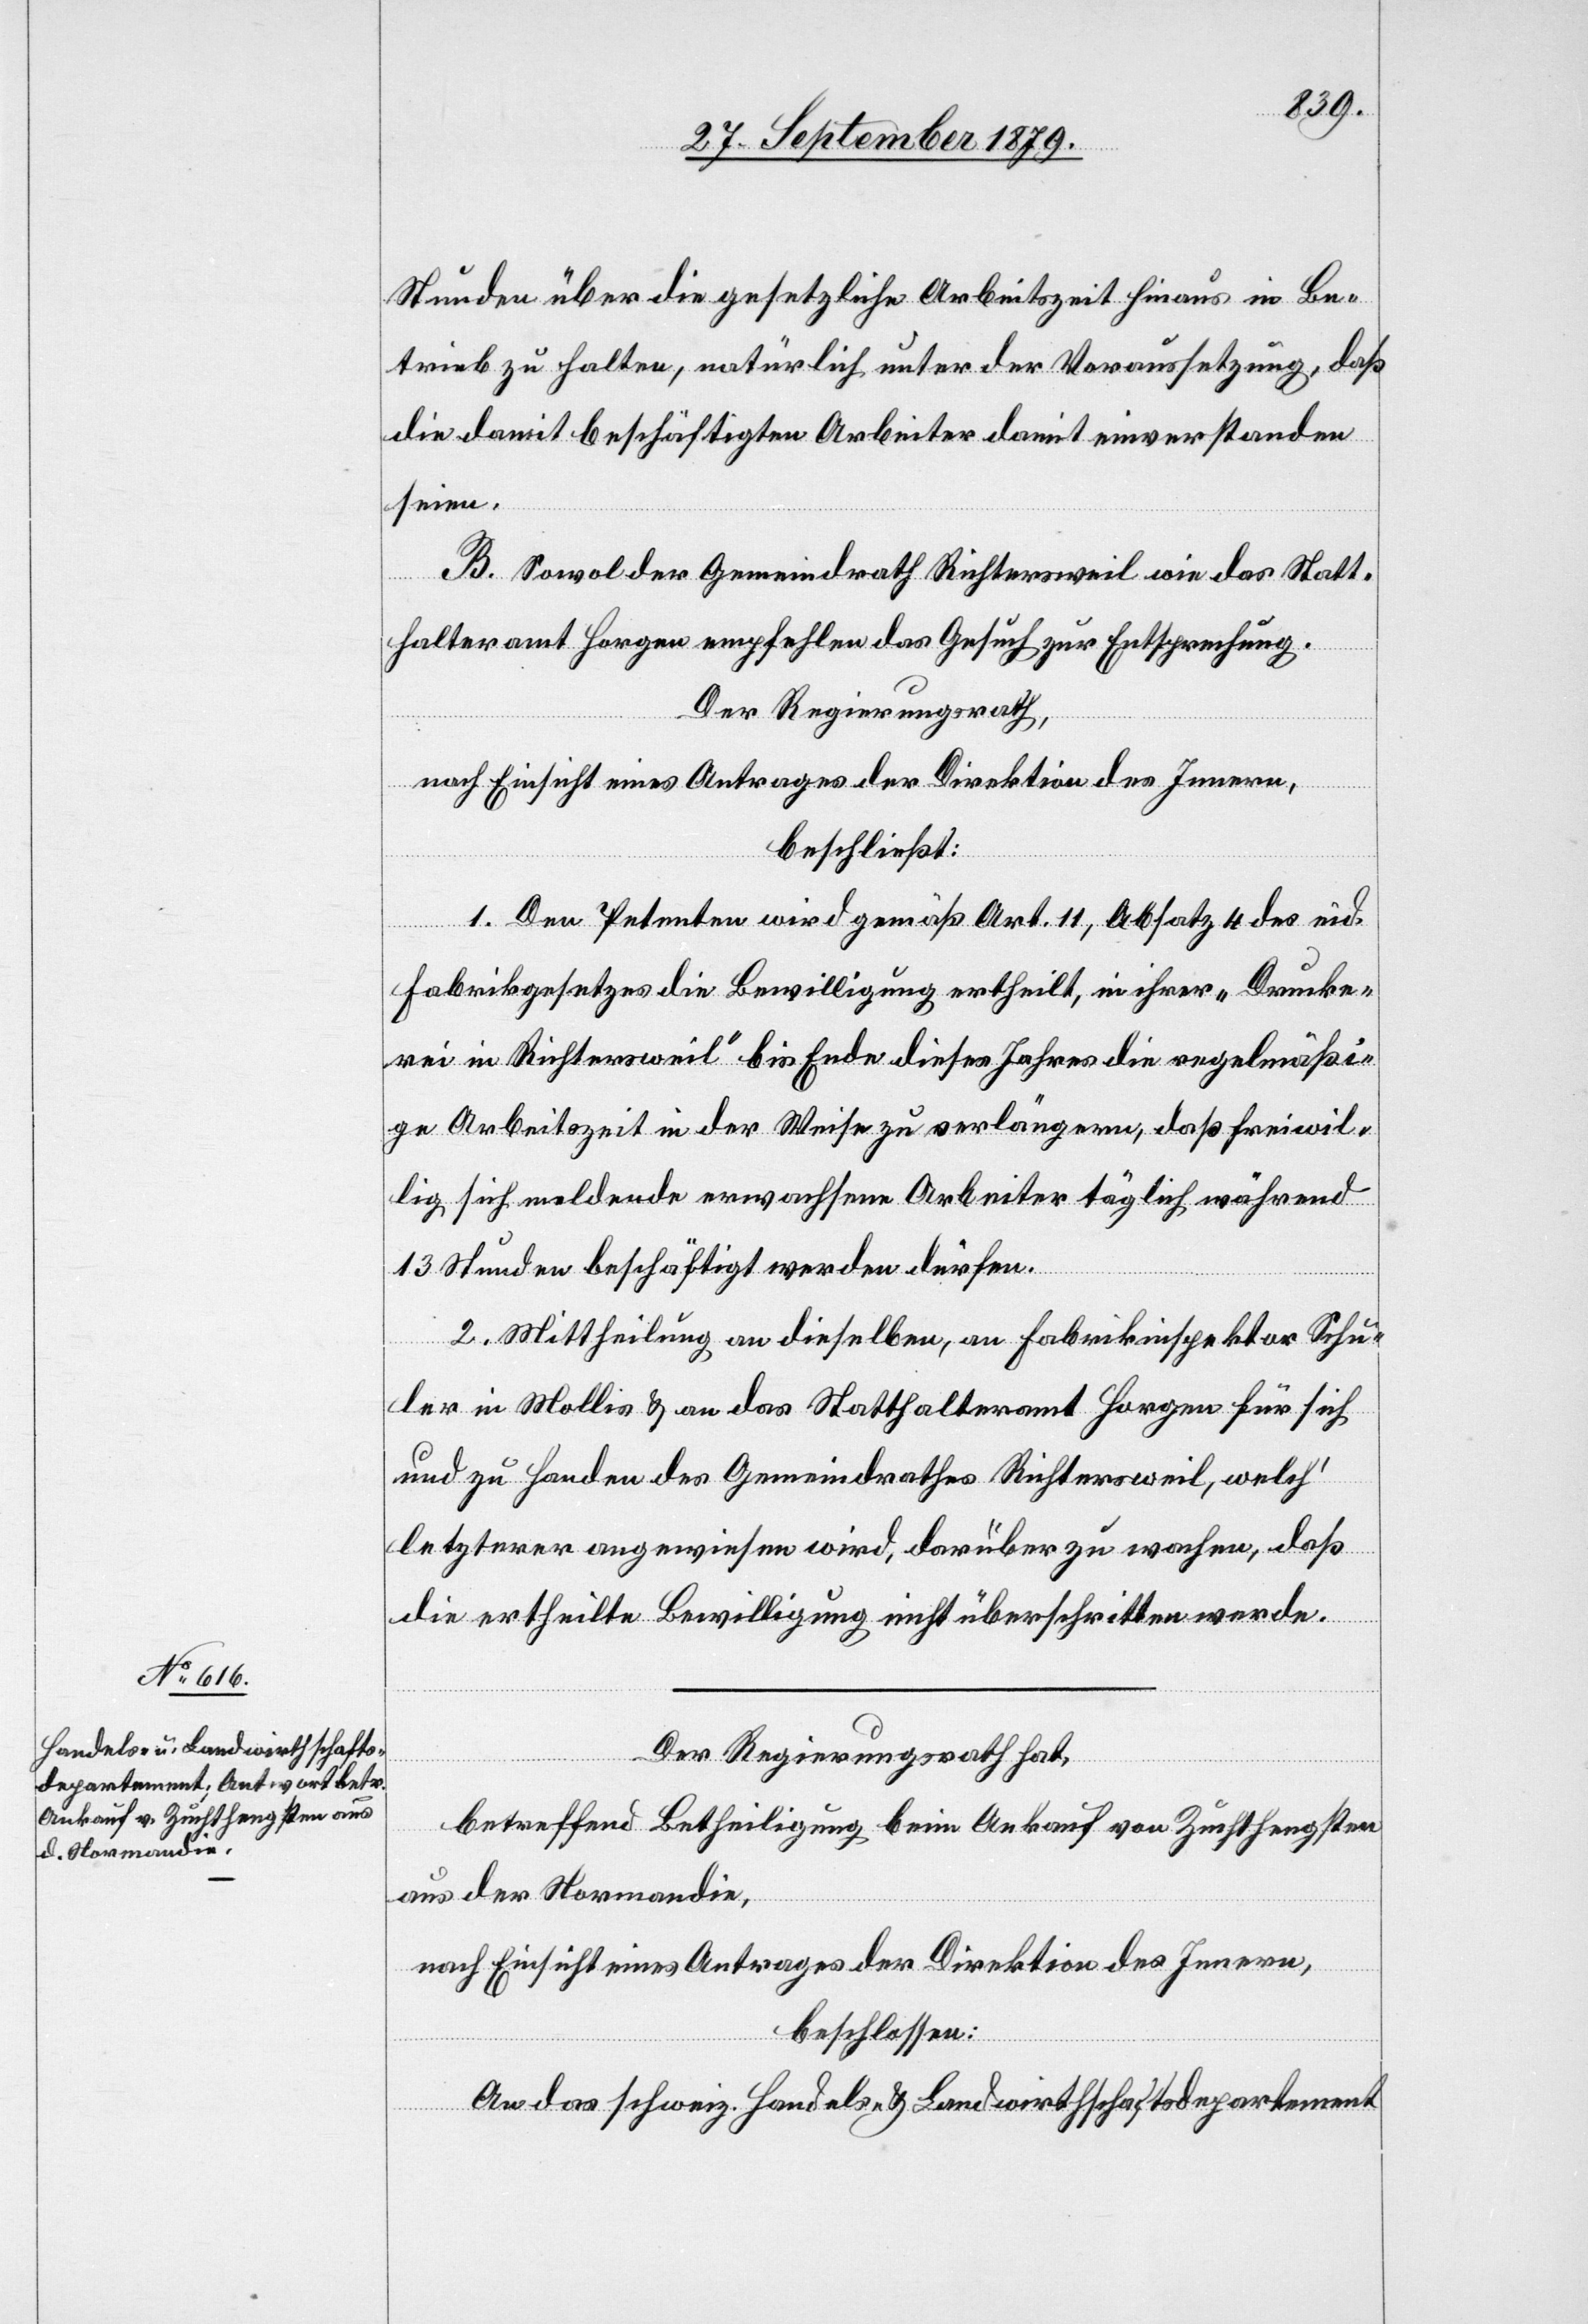
Stunden über die gesetzliche Arbeitszeit hinaus in Be¬
trieb zu halten, natürlich unter der Voraussetzung, daß
die damit beschäftigten Arbeiter damit einverstanden
seien.
B. Sowol der Gemeindrath Richtersweil wie das Statt¬
halteramt Horgen empfehlen das Gesuch zur Entsprechung.
Der Regierungsrath,
nach Einsicht eines Antrages der Direktion des Innern,
beschließt:
1. Den Petenten wird gemäß Art. 11, Absatz 4 des eid.
Fabrikgesetzes die Bewilligung ertheilt, in ihrer „Drucke¬
rei in Richtersweil“ bis Ende dieses Jahres die regelmäßi¬
ge Arbeitszeit in der Weise zu verlängern, daß freiwil¬
lig sich meldende erwachsene Arbeiter täglich während
13 Stunden beschäftigt werden dürfen.
2. Mittheilung an dieselben, an Fabrikinspektor Schu¬
ler in Mollis & an das Statthalteramt Horgen für sich
und zu Handen des Gemeindrathes Richtersweil, welch’
letzterer angewiesen wird, darüber zu wachen, daß
die ertheilte Bewilligung nicht überschritten werde.
Der Regierungsrath hat,
betreffend Betheiligung beim Ankauf von Zuchthengsten
aus der Normandie,
nach Einsicht eines Antrages der Direktion des Innern,
beschlossen:
An das schweiz. Handels- & Landwirthschaftsdepartement